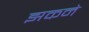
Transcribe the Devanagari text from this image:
झकने